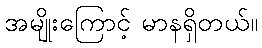
အမျိုးကြောင့် မာနရှိတယ်။